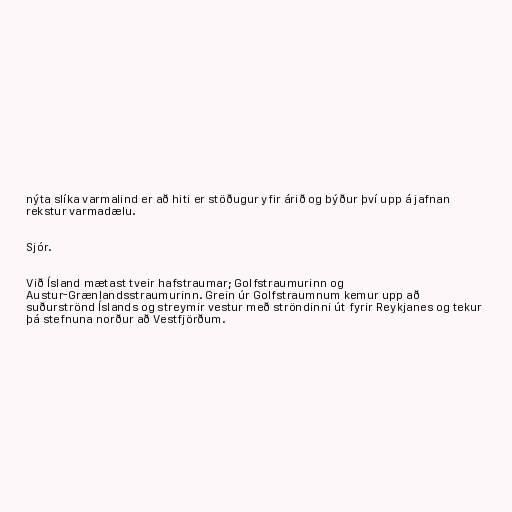
nýta slíka varmalind er að hiti er stöðugur yfir árið og býður því upp á jafnan
rekstur varmadælu.

Sjór.

Við Ísland mætast tveir hafstraumar; Golfstraumurinn og
Austur-Grænlandsstraumurinn. Grein úr Golfstraumnum kemur upp að
suðurströnd Íslands og streymir vestur með ströndinni út fyrir Reykjanes og tekur
þá stefnuna norður að Vestfjörðum.